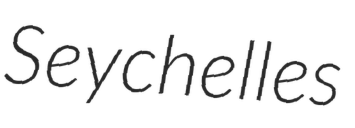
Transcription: Seychelles